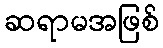
ဆရာမအဖြစ်